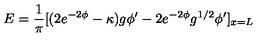
E = { \frac { 1 } { \pi } } [ ( 2 e ^ { - 2 \phi } - \kappa ) g \phi ^ { \prime } - 2 e ^ { - 2 \phi } g ^ { 1 / 2 } \phi ^ { \prime } ] _ { x = L }